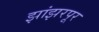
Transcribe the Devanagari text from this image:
झांझरपूर